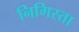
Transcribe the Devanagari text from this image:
निगिस्ता